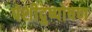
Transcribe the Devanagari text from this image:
पेशीदुष्पोषण